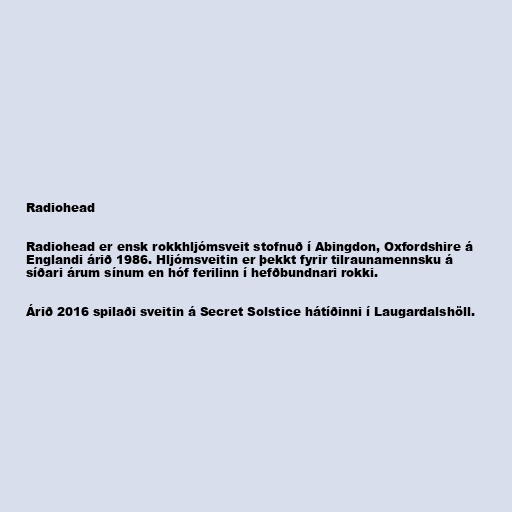
Radiohead

Radiohead er ensk rokkhljómsveit stofnuð í Abingdon, Oxfordshire á
Englandi árið 1986. Hljómsveitin er þekkt fyrir tilraunamennsku á
síðari árum sínum en hóf ferilinn í hefðbundnari rokki.

Árið 2016 spilaði sveitin á Secret Solstice hátíðinni í Laugardalshöll.